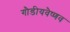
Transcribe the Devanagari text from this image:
गौडीयवैष्णव